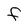
Character: F